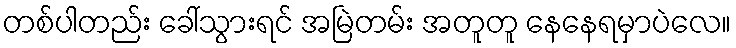
တစ်ပါတည်း ခေါ်သွားရင် အမြဲတမ်း အတူတူ နေနေရမှာပဲလေ။